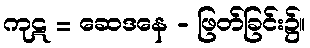
ကုဋ = ဆေဒနေ - ဖြတ်ခြင်း၌။